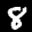
Digit: 8